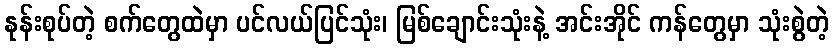
နုန်းစုပ်တဲ့ စက်တွေထဲမှာ ပင်လယ်ပြင်သုံး၊ မြစ်ချောင်းသုံးနဲ့ အင်းအိုင် ကန်တွေမှာ သုံးစွဲတဲ့